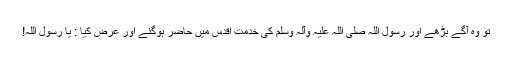
تو وہ آگے بڑھے اور رسول اللہ صلی اللہ علیہ وآلہ وسلم کی خدمتِ اقدس میں حاضر ہوگئے اور عرض کیا : یا رسول اللہ!